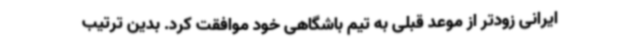
ایرانی زودتر از موعد قبلی به تیم باشگاهی خود موافقت کرد. بدین ترتیب